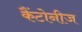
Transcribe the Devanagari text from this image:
कैंटोनीज